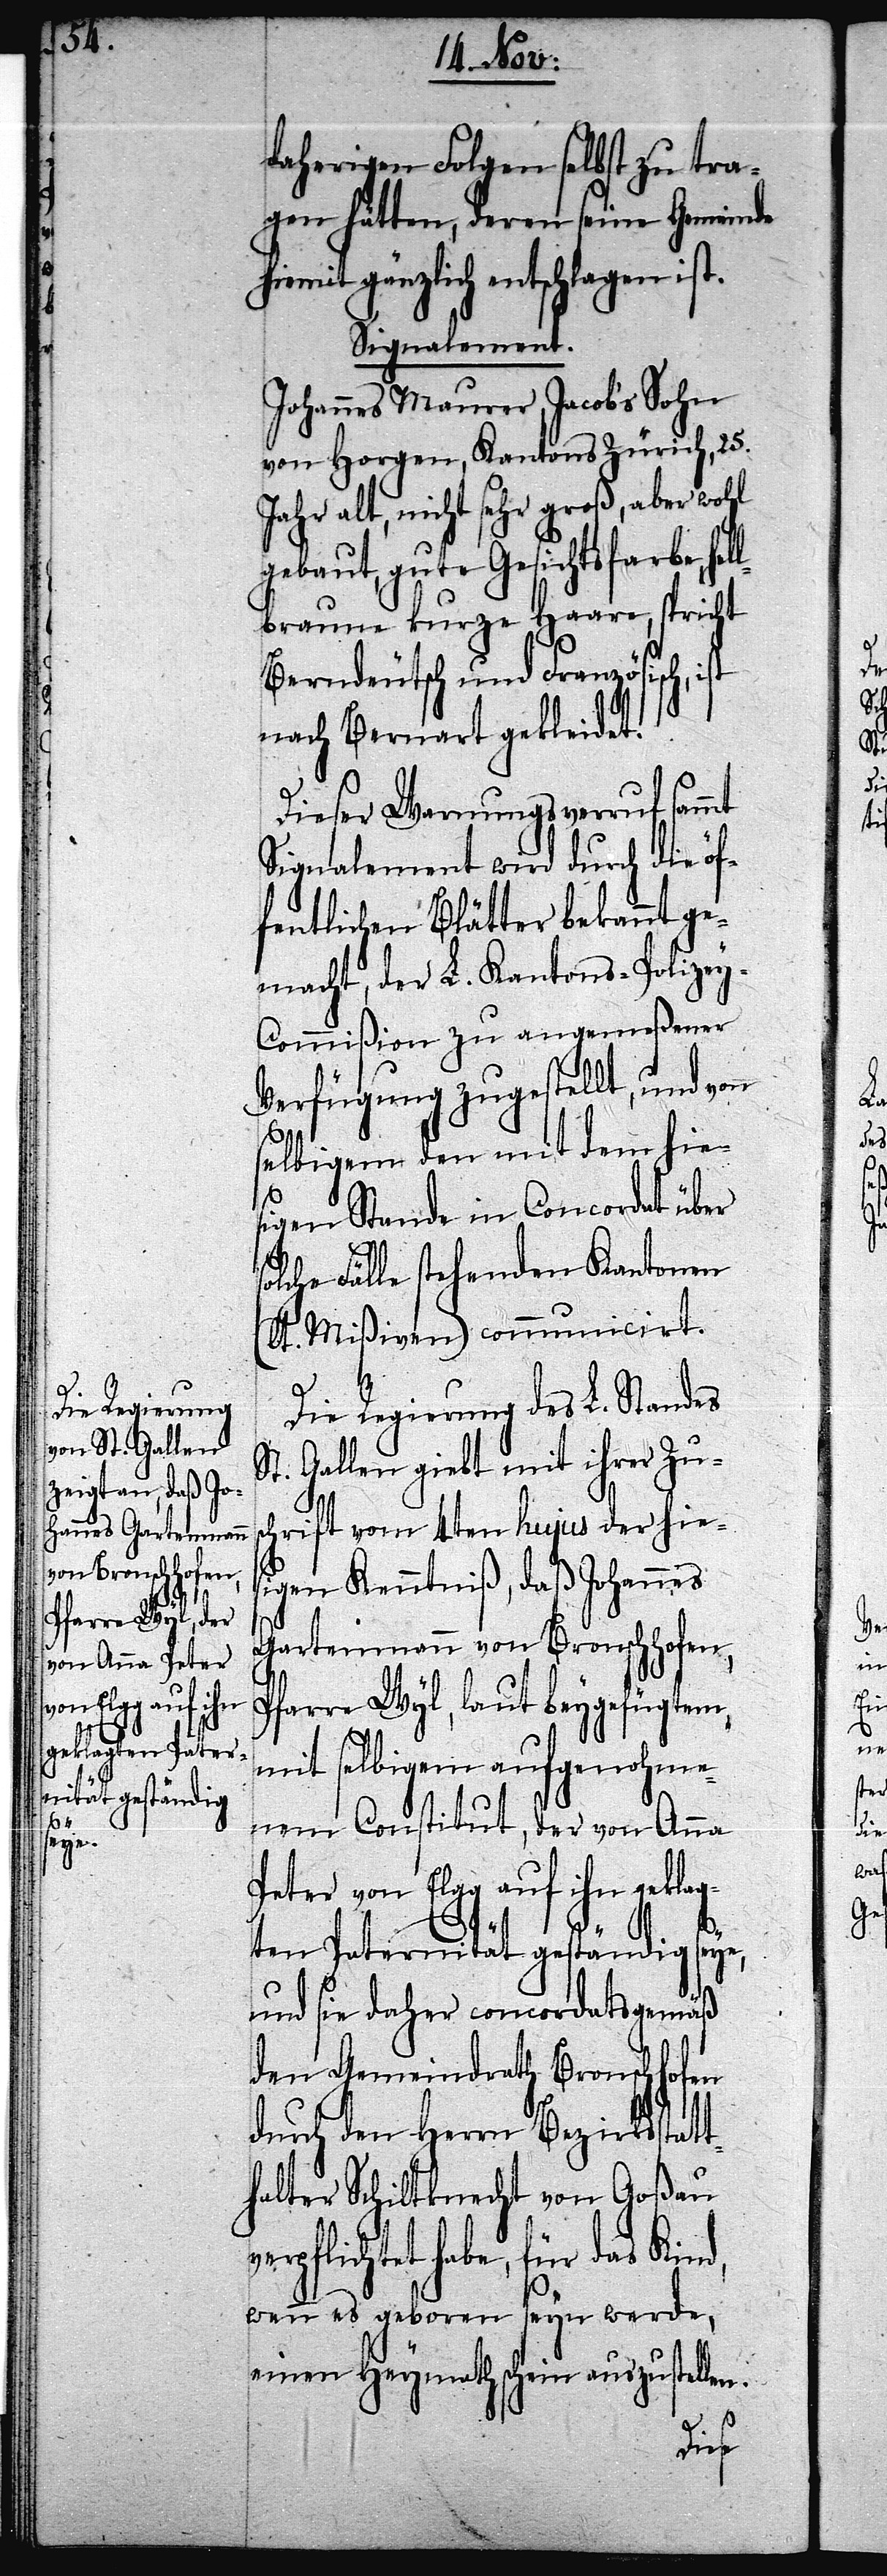
daherigen Folgen selbst zu tra¬
gen hätten, deren seine Gemeinde
hiemit gänzlich entschlagen ist.
Signalement.
Johannes Maurer, Jacob’s Sohn
von Horgen, Kantons Zürich, 25.
Jahr alt, nicht sehr groß, aber wohl
gebaut, gute Gesichtsfarbe, hel¬
lbraune kurze Haare, spricht
Berndeutsch und Französisch, ist
nach Bernart gekleidet.
Dieser Warnungsverruf sammt
Signalement wird durch die öf¬
fentlichen Blätter bekannt ge¬
macht, der L. Kantons-Polize¬
y-Commißion zu angemeßener
Verfügung zugestellt, und von
selbigem den mit dem hie¬
sigen Stande in Concordat über
olche Fälle stehenden Kantonen
(lt. Mißiven) communicirt.
Die Regierung des L. Standes
St. Gallen giebt mit ihrer Zus¬
chrift vom 4ten hujus der hies¬
igen Kenntiß, daß Johannes
Gartenmann von Bronschhofen,
d,
Pfarre Wyl, laut beygefügtem
mit selbigem aufgenohme¬
nem Constitut, der von Anna
Peter von Elgg auf ihn geklag¬
ten Paternität geständig seye,
und sie daher concordatsgemäß
den Gemeindrath Bronschhofen
durch den Herrn Bezirksstatt¬
halter Schiltknecht von Goßau
erpflichtet habe, für das Kin¬
wenn es geboren seyn werde,
einen Heymathschein auszustellen.